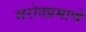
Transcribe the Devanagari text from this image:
सरोदप्रमाणे